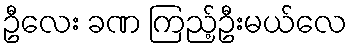
ဦလေး ခဏ ကြည့်ဦးမယ်လေ